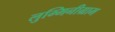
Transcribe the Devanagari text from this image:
लुम्मिनीग्राम